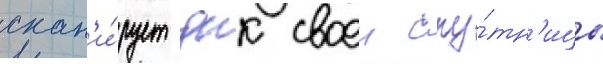
скан'и́рует днк своеи спу́тн'ицы